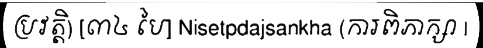
ប្រវត្តិ) [៣៤ បៃ] Nisetpdajsankha (ការពិភាក្សា |